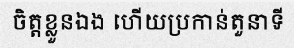
ចិត្តខ្លួនឯង ហើយប្រកាន់តួនាទី